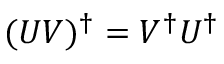
( U V ) ^ { \dagger } = V ^ { \dagger } U ^ { \dagger }